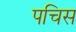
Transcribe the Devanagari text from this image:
पचिस